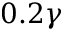
0 . 2 \gamma